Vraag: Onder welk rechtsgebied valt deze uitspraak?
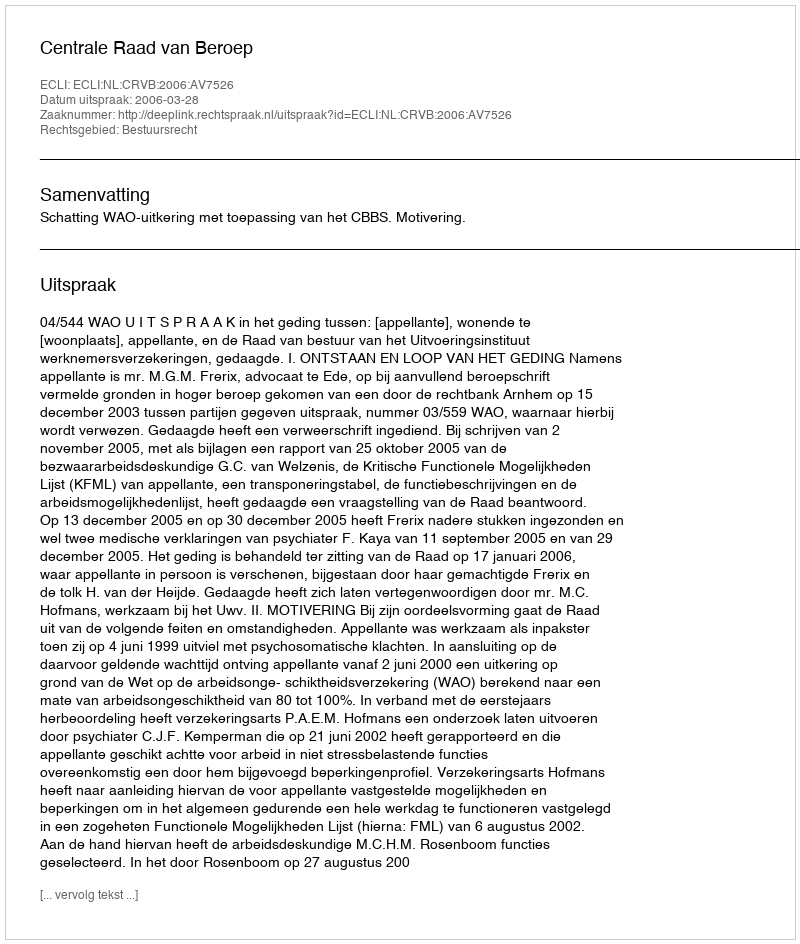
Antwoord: Bestuursrecht